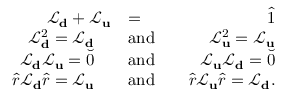
\begin{array} { r l r } { \mathcal { L } _ { \bf d } + \mathcal { L } _ { \bf u } } & { = } & { \hat { 1 } } \\ { \mathcal { L } _ { \bf d } ^ { 2 } = \mathcal { L } _ { \bf d } \quad } & { \mathrm { a n d } } & { \quad \mathcal { L } _ { \bf u } ^ { 2 } = \mathcal { L } _ { \bf u } } \\ { \mathcal { L } _ { \bf d } \mathcal { L } _ { \bf u } = \breve { 0 } \quad } & { \mathrm { a n d } } & { \quad \mathcal { L } _ { \bf u } \mathcal { L } _ { \bf d } = \breve { 0 } } \\ { \hat { r } \mathcal { L } _ { \bf d } \hat { r } = \mathcal { L } _ { \bf u } \quad } & { \mathrm { a n d } } & { \quad \hat { r } \mathcal { L } _ { \bf u } \hat { r } = \mathcal { L } _ { \bf d } . } \end{array}